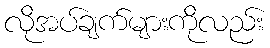
လိုအပ်ချက်များကိုလည်း